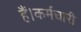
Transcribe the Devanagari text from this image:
हैं।कर्मचारी